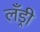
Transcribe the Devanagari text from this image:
लँड्री